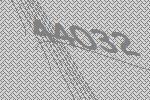
44032